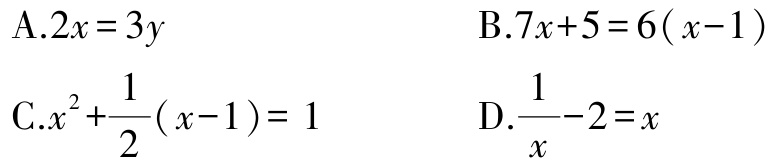
A.$2x = 3y$
B.$7x + 5 = 6(x - 1)$
C.$x^{2}+\frac{1}{2}(x - 1)=1$
D.$\frac{1}{x}-2 = x$